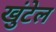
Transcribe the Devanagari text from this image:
खुंटेल